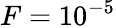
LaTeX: F=10^{-5}